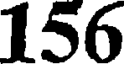
156